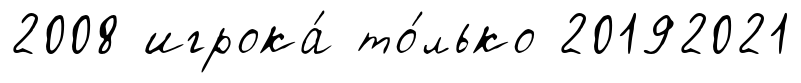
2008 игрока́ то́лько 20192021